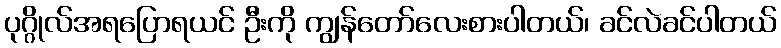
ပုဂ္ဂိုလ်အရပြောရယင် ဦးကို ကျွန်တော်လေးစားပါတယ်၊ ခင်လဲခင်ပါတယ်